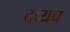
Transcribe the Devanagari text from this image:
द्रव्यच